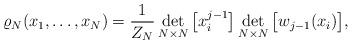
LaTeX: \begin{align*} \varrho_N(x_1,\dots,x_N) = \frac{1}{Z_N} \det_{N\times N}\big[ x_i^{j-1} \big] \det_{N\times N}\big[ w_{j-1}(x_i) \big] ,\end{align*}